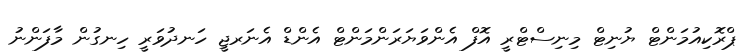
ޕްރޮކިއުމަންޓް ޔުނިޓް މިނިސްޓްރީ އޮފް އެންވަޔަރަންމަންޓް އެންޑް އެނަރޖީ ހަނދުވަރީ ހިނގުން މާފަންނު